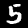
Digit: 5